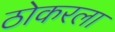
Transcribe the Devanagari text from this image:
ठोकरला